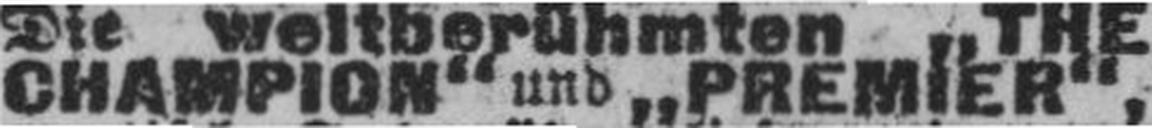
CHAMPION“ und „PREMIER“,